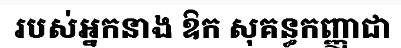
របស់អ្នកនាង ឱក សុគន្ធកញ្ញាជា